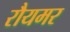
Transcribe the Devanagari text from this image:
रौयमर